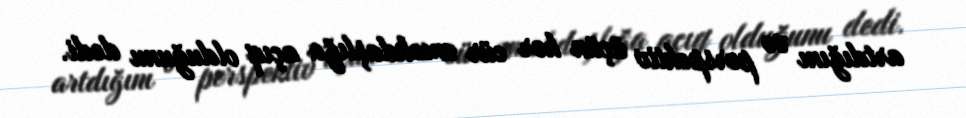
artdığını və perspektiv üçün hər cür əməkdaşlığa açıq olduğunu dedi.